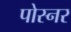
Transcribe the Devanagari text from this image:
पोस्‍नर